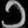
Digit: ၁